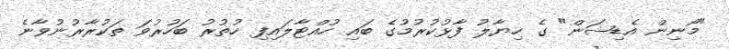
"މޯނިން އެޑިޝަން" ގެ ހިޔާލު ފާޅުކުރުމުގެ ބައި ހުއްޓާލައިފި ހުތުރު ބަހުރުވަ ތަކުރާރުނުވާނެ